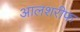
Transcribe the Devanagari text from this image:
आलशरीफ